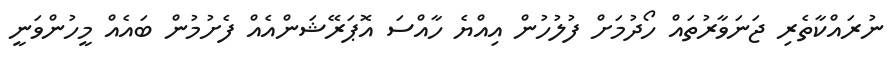
ނުރައްކާތެރި ޖަނަވާރުތައް ހޯދުމަށް ފުލުހުން އިއްޔެ ހާއްސަ އޮޕަރޭޝަންއެއް ފެށުމުން ބައެއް މީހުންވަނީ